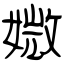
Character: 媺